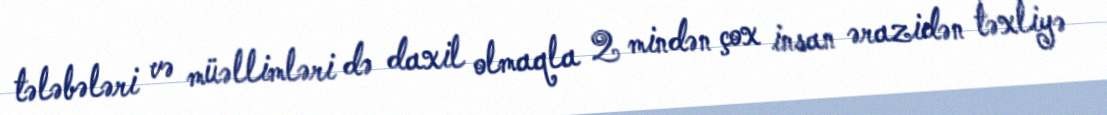
tələbələri və müəllimləri də daxil olmaqla 2 mindən çox insan ərazidən təxliyə